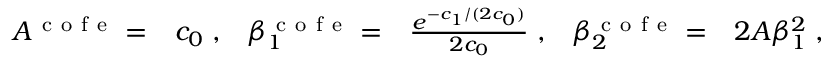
\begin{array} { r l r l r l } { A ^ { \mathrm { ~ c ~ o ~ f ~ e ~ } } = } & { { } c _ { 0 } \; , } & { \beta _ { 1 } ^ { \mathrm { ~ c ~ o ~ f ~ e ~ } } = } & { { } \frac { e ^ { - c _ { 1 } / ( 2 c _ { 0 } ) } } { 2 c _ { 0 } } \; , } & { \beta _ { 2 } ^ { \mathrm { ~ c ~ o ~ f ~ e ~ } } = } & { { } 2 A \beta _ { 1 } ^ { 2 } \; , } \end{array}